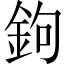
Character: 鉤